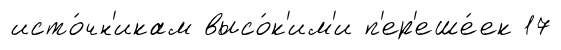
исто́чн'икам высо́к'им'и п'ер'еше́ек 17